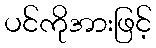
ပင်ကိုအားဖြင့်